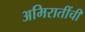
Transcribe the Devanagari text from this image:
अमिरातींची